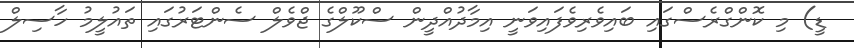
ޑީ) މި ކޮންގްރެސްގައި ބައިވެރިވެފައިވަނީ އިމާދުއްދީން ސްކޫލްގެ ޖްވެލް ސެންޓަރުގައި ތައުލީމު ހާސިލް